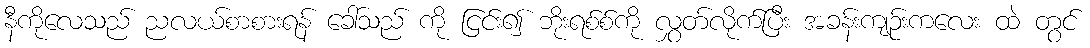
နီကိုလေသည် ညလယ်စာစားရန် ခေါ်သည် ကို ငြင်း၍ ဘိုးရစ်စ်ကို လွှတ်လိုက်ပြီး အခန်းကျဉ်းကလေး ထဲ တွင်